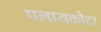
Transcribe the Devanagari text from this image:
पलायकोटा